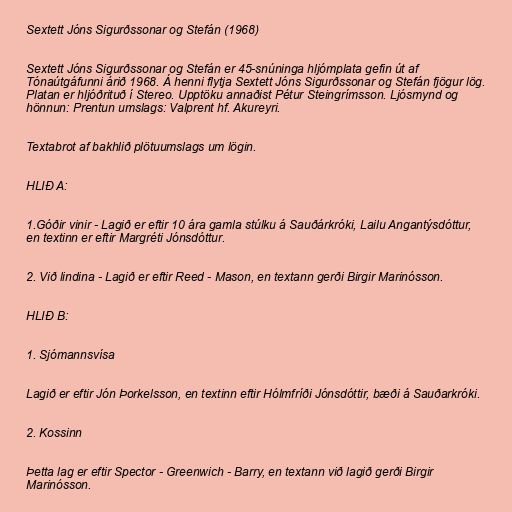
Sextett Jóns Sigurðssonar og Stefán (1968)

Sextett Jóns Sigurðssonar og Stefán er 45-snúninga hljómplata gefin út af
Tónaútgáfunni árið 1968. Á henni flytja Sextett Jóns Sigurðssonar og Stefán fjögur lög.
Platan er hljóðrituð í Stereo. Upptöku annaðist Pétur Steingrímsson. Ljósmynd og
hönnun: Prentun umslags: Valprent hf. Akureyri.

Textabrot af bakhlið plötuumslags um lögin.

HLIÐ A:

1.Góðir vinir - Lagið er eftir 10 ára gamla stúlku á Sauðárkróki, Lailu Angantýsdóttur,
en textinn er eftir Margréti Jónsdóttur.

2. Við lindina - Lagið er eftir Reed - Mason, en textann gerði Birgir Marinósson.

HLIÐ B:

1. Sjómannsvísa

Lagið er eftir Jón Þorkelsson, en textinn eftir Hólmfríði Jónsdóttir, bæði á Sauðarkróki.

2. Kossinn

Þetta lag er eftir Spector - Greenwich - Barry, en textann við lagið gerði Birgir
Marinósson.